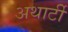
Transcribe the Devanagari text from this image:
अथार्टी